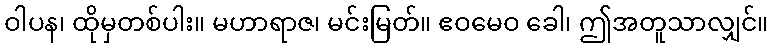
ဝါပန၊ ထိုမှတစ်ပါး။ မဟာရာဇ၊ မင်းမြတ်။ ဧဝမေဝ ခေါ၊ ဤအတူသာလျှင်။